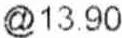
@13.90